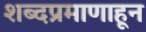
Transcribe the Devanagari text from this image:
शब्दप्रमाणाहून